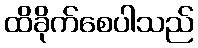
ထိခိုက်စေပါသည်